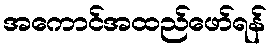
အကောင်အထည်ဖော်ရန်